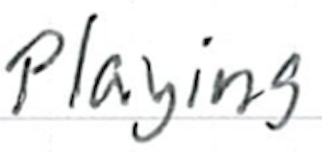
Text: playing
Cross-out: clean
Writing tool: ballpoint